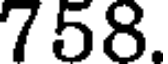
758.